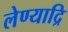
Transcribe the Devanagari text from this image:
लेण्याद्रि